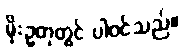
မိုးဥတုတွင် ပါဝင်သည်။